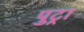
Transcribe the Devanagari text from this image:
पुट्रा